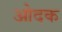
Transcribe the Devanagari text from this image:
ओदक